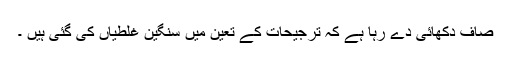
صاف دکھائی دے رہا ہے کہ ترجیحات کے تعین میں سنگین غلطیاں کی گئی ہیں ۔